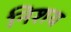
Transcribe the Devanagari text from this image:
निशय